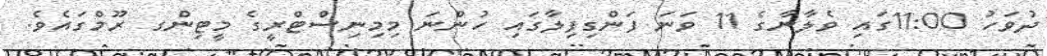
ދުވަހު 11:00ގައި ވެލާނާގެ 11 ވަނަ ފަންގިފިލާގައި ހުންނަ މިމިނިސްޓްރީގެ މީޓިންގ ރޫމްގައެވެ.